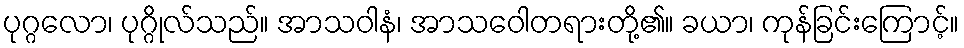
ပုဂ္ဂလော၊ ပုဂ္ဂိုလ်သည်။ အာသဝါနံ၊ အာသဝေါတရားတို့၏။ ခယာ၊ ကုန်ခြင်းကြောင့်။